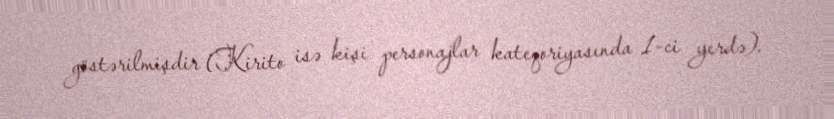
göstərilmişdir (Kirito isə kişi personajlar kateqoriyasında 1-ci yerdə).